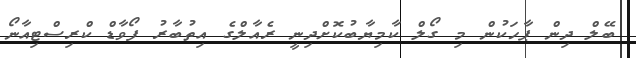
ބޭލް ދިން ޕާހަކުން މި ގޯލް ކާމިޔާބުކޮށްދިނީ ރެއާލްގެ އިތުބާރު ފޯވާޑް ކްރިސްޓިއާނޯ